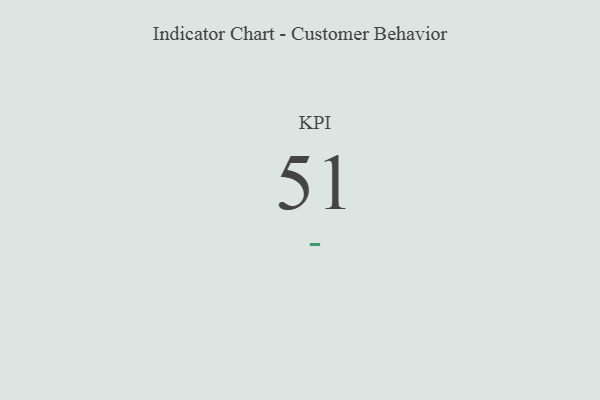
{"axis": {"x": "KPI", "y": "Value"}, "legend": [""], "data": [{"x": "KPI", "y": 51, "type": ""}]}